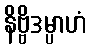
နိဗ္ဗိဒမ္ပာဟံ